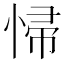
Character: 𱞨